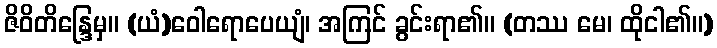
ဇိဝိတိန္ဒြေမှ။ (ယံ)ဝေါရောပေယျံ၊ အကြင် ခွင်းရာ၏။ (တဿ မေ၊ ထိုငါ၏။)